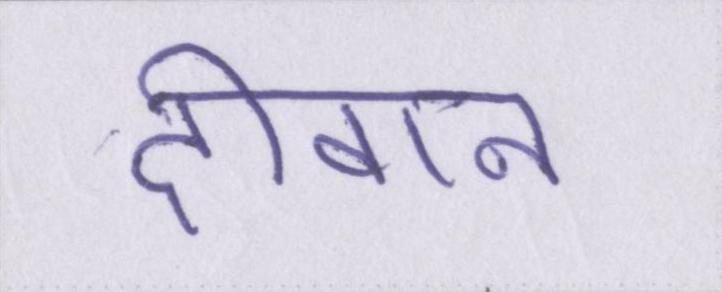
दीवान